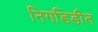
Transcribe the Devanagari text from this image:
निगडिडीत